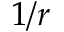
1 / r